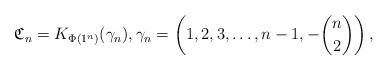
LaTeX: \begin{gather*} \mathfrak{C}_n = K_{\Phi(1^{n})}(\gamma_n), \gamma_n=\left(1,2,3,\ldots,n-1, -{n \choose 2}\right),\end{gather*}